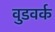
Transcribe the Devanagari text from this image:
वुडवर्क